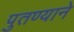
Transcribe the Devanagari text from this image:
पुतण्याने